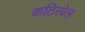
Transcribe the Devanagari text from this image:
कठिरवेल